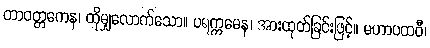
တာဝတ္တကေန၊ ထိုမျှလောက်သော။ ပရက္ကမေန၊ အားထုတ်ခြင်းဖြင့်။ မဟာပထဝီ၊